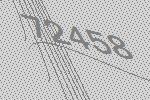
72458